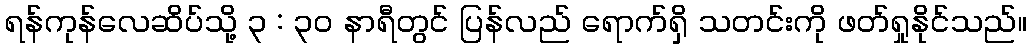
ရန်ကုန်လေဆိပ်သို့ ၃ : ၃၀ နာရီတွင် ပြန်လည် ရောက်ရှိ သတင်းကို ဖတ်ရှုနိုင်သည်။